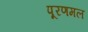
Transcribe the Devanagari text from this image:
पूरणमल